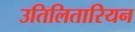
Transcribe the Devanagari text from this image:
उतिलितारियन